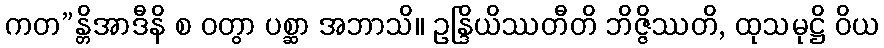
ကတ”န္တိအာဒီနိ စ ဝတွာ ပစ္ဆာ အဘာသိ။ ဥန္ဒြိယိဿတီတိ ဘိဇ္ဇိဿတိ, ထုသမုဋ္ဌိ ဝိယ